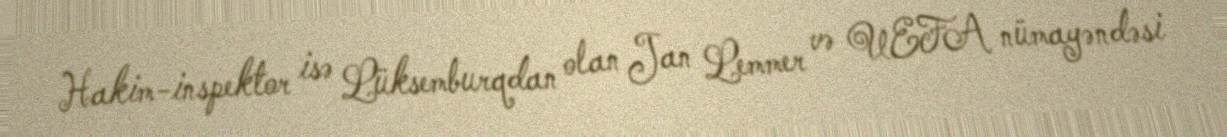
Hakim-inspektor isə Lüksemburqdan olan Jan Lemmer və UEFA nümayəndəsi